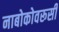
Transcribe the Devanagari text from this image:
नाबोकोवरूसी